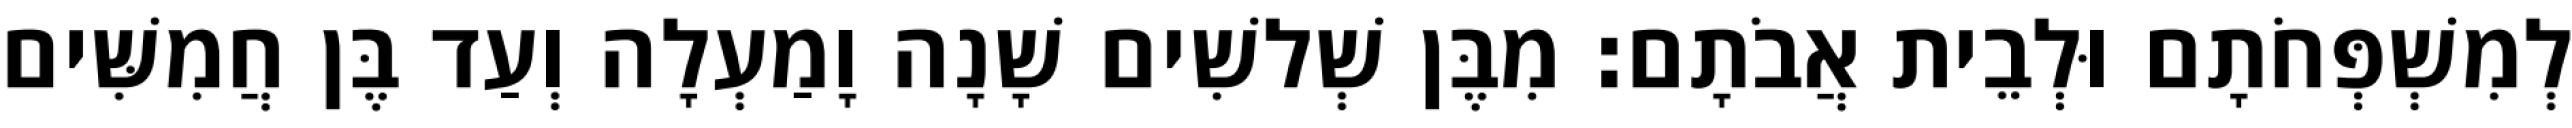
לְמִשְׁפְּחֹתָם וּלְבֵית אֲבֹתָם׃ מִבֶּן שְׁלשִׁים שָׁנָה וָמַעְלָה וְעַד בֶּן חֲמִשִּׁים